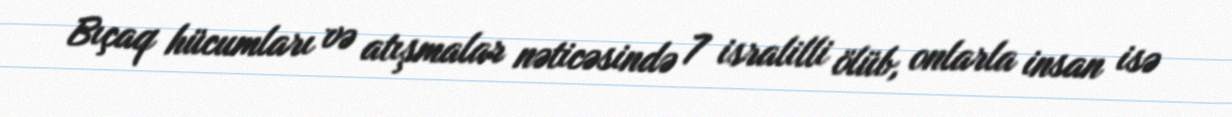
Bıçaq hücumları və atışmalar nəticəsində 7 isralilli ölüb, onlarla insan isə